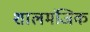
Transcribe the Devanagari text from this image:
शालमंजिक